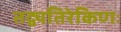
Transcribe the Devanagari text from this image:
तद्व्यतिरेकिणः